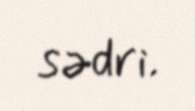
sədri.